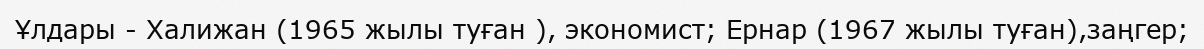
Ұлдары - Халижан (1965 жылы туған ), экономист; Ернар (1967 жылы туған),заңгер;